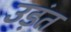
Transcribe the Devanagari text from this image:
उड़ंत